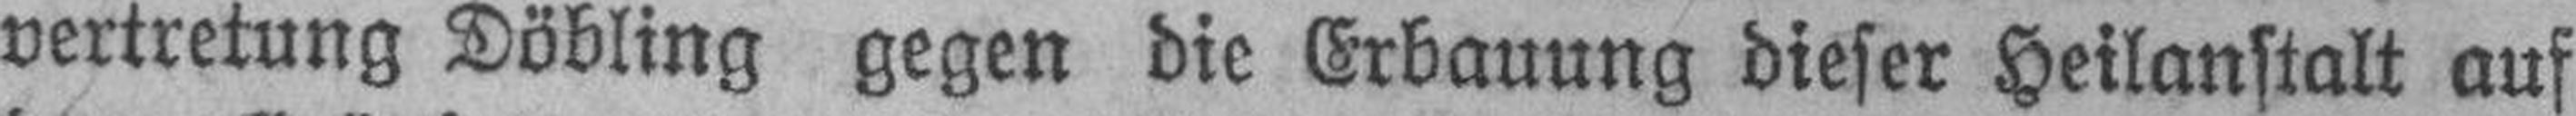
vertretung Döbling gegen die Erbauung dieser Heilanstalt auf